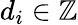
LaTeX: d_{i}\in\mathbb{Z}